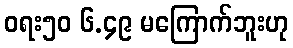
ဝရး၅၀ ၆.၄၉ မကြောက်ဘူးဟု